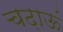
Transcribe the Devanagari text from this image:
चढ़ाऊं